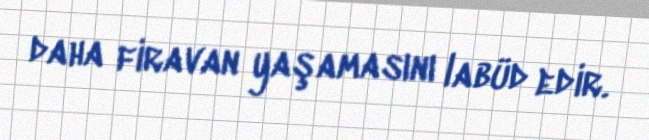
daha firavan yaşamasını labüd edir.